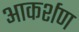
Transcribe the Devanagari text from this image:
आकर्शण